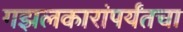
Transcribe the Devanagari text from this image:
गझलकारांपर्यंतचा